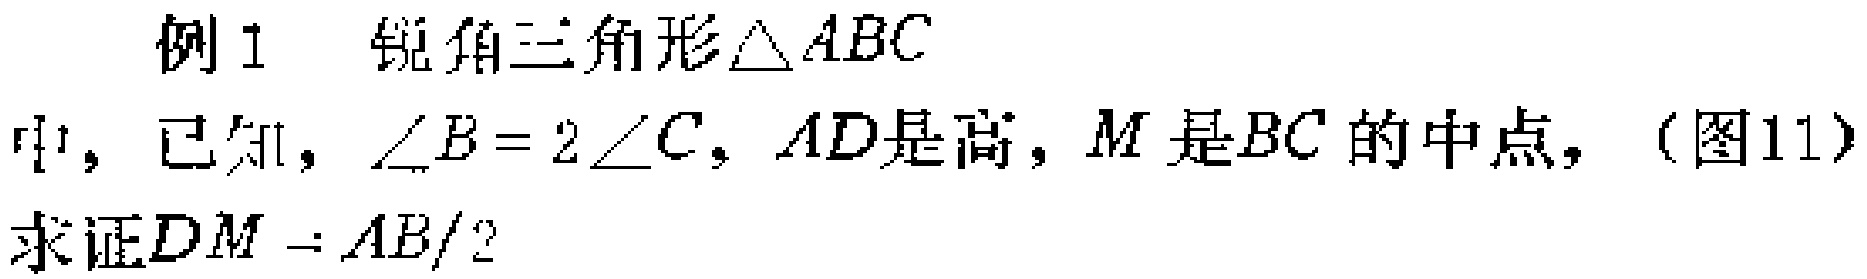
例1 锐角三角形$\triangle ABC$中，已知，$\angle B = 2\angle C$，$AD$是高，$M$是$BC$的中点，（图11）

求证$DM = AB/2$